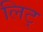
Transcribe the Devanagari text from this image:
लिट्‌